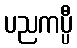
ပညကပ္ပီ